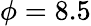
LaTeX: \phi=8.5